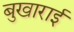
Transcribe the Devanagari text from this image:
बुखाराई